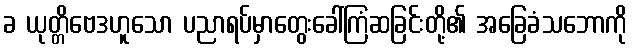
ခ ယုတ္တိဗေဒဟူသော ပညာရပ်မှာတွေးခေါ်ကြံဆခြင်းတို့၏ အခြေခံသဘောကို